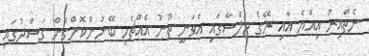
ނެތްއިރު އިއްޔެ އާއި ރޭގެ ޖަލްސާގައި އެވަނީ ތޫނު އެއްޗެހި ބޭނުންކޮށްގެން ގަސްދުގައި